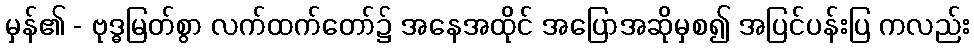
မှန်၏ - ဗုဒ္ဓမြတ်စွာ လက်ထက်တော်၌ အနေအထိုင် အပြောအဆိုမှစ၍ အပြင်ပန်းပြ ကလည်း